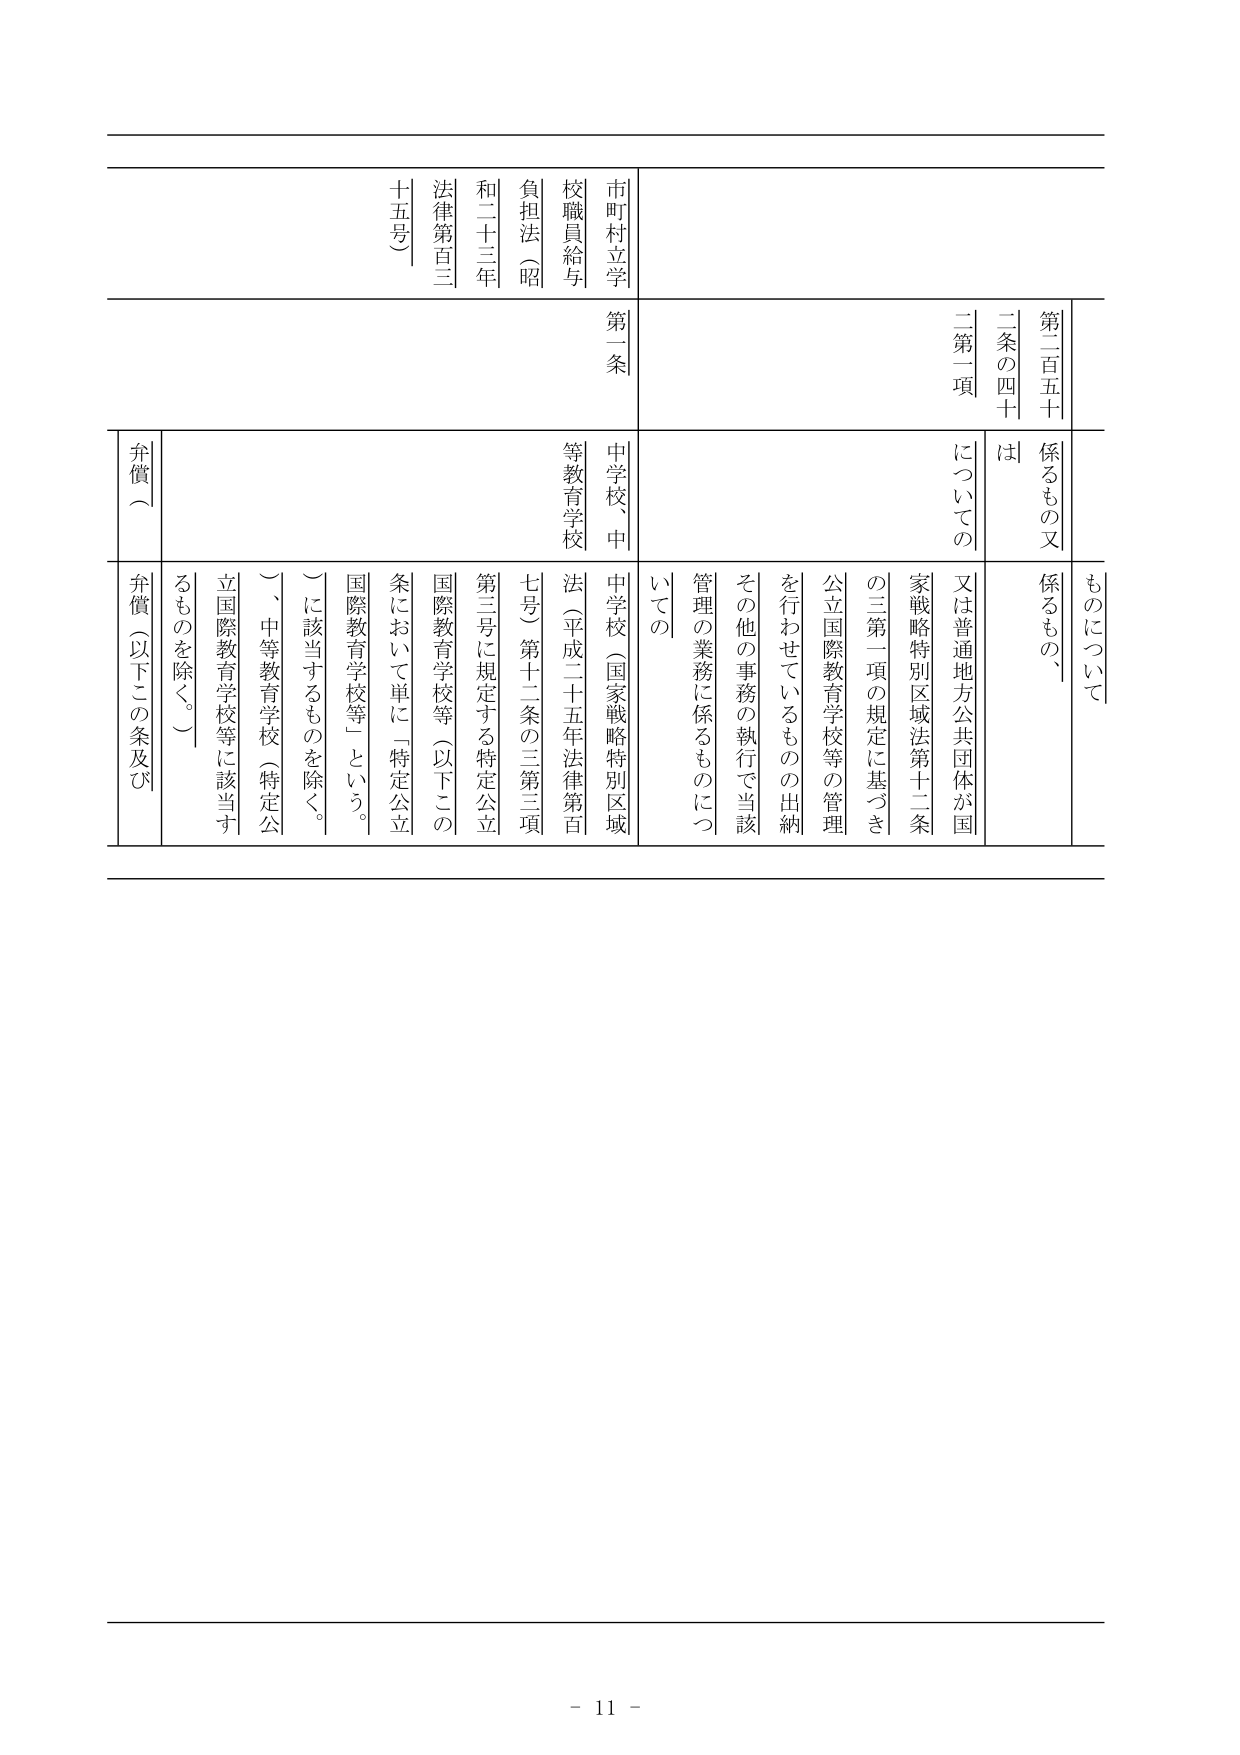
市町村立学校職員給与負担法（昭和二十三年法律第百三十五号）

第一条

第二百五十条の四十二第一項についての

ものについて
係るもの、
は
係るもの又

又は普通地方公共団体が国家戦略特別区域法第十二条の三第一項の規定に基づき公立国際教育学校等の管理を行わせているものの出納その他の事務の執行で当該管理の業務に係るものについての

中学校、中等教育学校
法（平成二十五年法律第百七号）第十二条の三第三項第三号に規定する特定公立国際教育学校等（以下この条において単に「特定公立国際教育学校等」という。）に該当するものを除く。）、中等教育学校（特定公立国際教育学校等に該当するものを除く。）

弁償（以下この条及び
弁償）